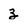
Character: 3